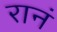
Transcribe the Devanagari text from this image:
रानं